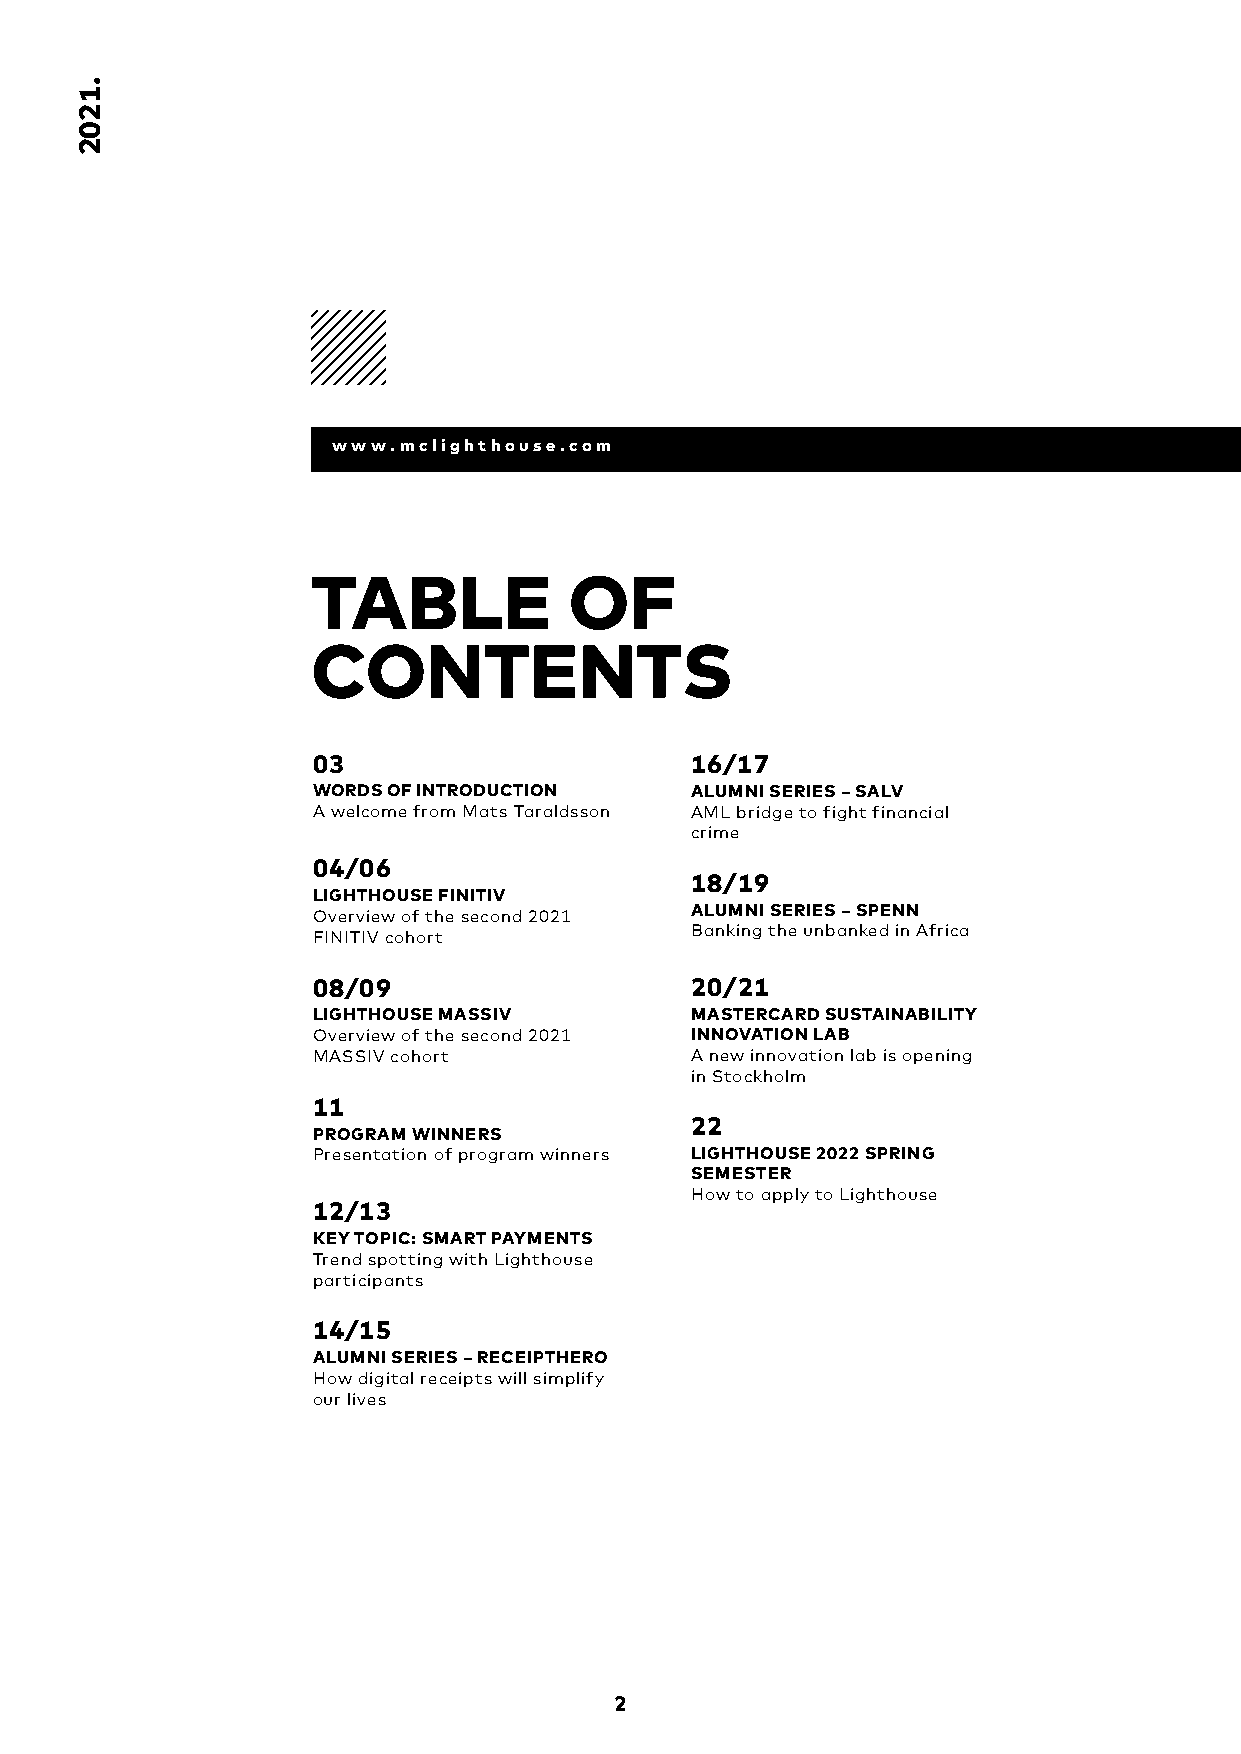
www.mclighthouse.com
 TABLE            OF
 CONTENTS
 03                       16/17
 WORDS OF INTRODUCTION    ALUMNI SERIES – SALV
 A welcome from Mats Taraldsson AML bridge to fight financial
 crime
 04/06
 18/19
 LIGHTHOUSE FINITIV
 ALUMNI SERIES – SPENN
 Overview of the second 2021
 Banking the unbanked in Africa
 FINITIV cohort
 08/09                    20/21
 LIGHTHOUSE MASSIV        MASTERCARD SUSTAINABILITY
 Overview of the second 2021 INNOVATION LAB
 MASSIV cohort            A new innovation lab is opening
 in Stockholm
 11
 22
 PROGRAM WINNERS
 Presentation of program winners LIGHTHOUSE 2022 SPRING
 SEMESTER
 How to apply to Lighthouse
 12/13
 KEY TOPIC: SMART PAYMENTS
 Trend spotting with Lighthouse
 participants
 14/15
 ALUMNI SERIES – RECEIPTHERO
 How digital receipts will simplify
 our lives
 2
 .1202